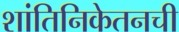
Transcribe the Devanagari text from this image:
शांतिनिकेतनची